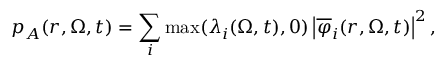
p _ { A } ( r , \boldsymbol { \Omega } , t ) = \sum _ { i } \operatorname* { m a x } ( \lambda _ { i } ( \boldsymbol { \Omega } , t ) , 0 ) \left| \overline { { \varphi } } _ { i } ( r , \boldsymbol { \Omega } , t ) \right| ^ { 2 } ,